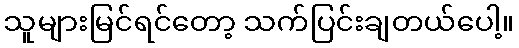
သူများမြင်ရင်တော့ သက်ပြင်းချတယ်ပေါ့။